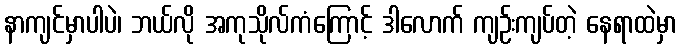
နာကျင်မှာပါပဲ၊ ဘယ်လို အကုသိုလ်ကံကြောင့် ဒါလောက် ကျဉ်းကျပ်တဲ့ နေရာထဲမှာ